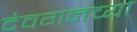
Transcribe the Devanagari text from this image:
देवगनच्या